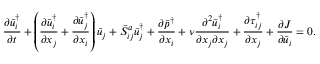
\frac { { \partial \bar { u } _ { i } ^ { \dag } } } { { \partial t } } + \left( { \frac { { \partial \bar { u } _ { i } ^ { \dag } } } { { \partial { x _ { j } } } } + \frac { { \partial \bar { u } _ { j } ^ { \dag } } } { { \partial { x _ { i } } } } } \right) { { \bar { u } } _ { j } } + \bar { S } _ { i j } ^ { a } \bar { u } _ { j } ^ { \dag } + \frac { { \partial { { \bar { p } } ^ { \dag } } } } { { \partial { x _ { i } } } } + \nu \frac { { { \partial ^ { 2 } } \bar { u } _ { i } ^ { \dag } } } { { \partial { x _ { j } } \partial { x _ { j } } } } + \frac { { \partial \tau _ { i j } ^ { \dag } } } { { \partial { x _ { j } } } } + \frac { { \partial J } } { { \partial { { \bar { u } } _ { i } } } } = 0 .